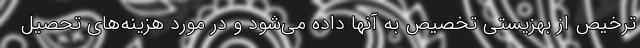
ترخیص از بهزیستی تخصیص به آنها داده می‌شود و در مورد هزینه‌های تحصیل